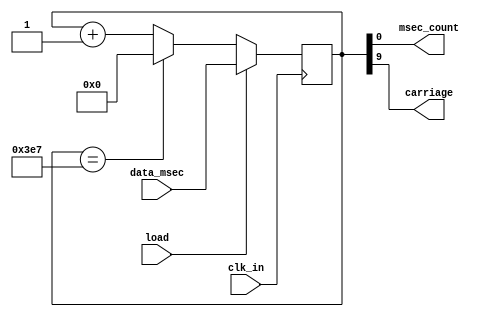
`timescale 1ns / 1ps
//////////////////////////////////////////////////////////////////////////////////
// Company: 
// Engineer: 
// 
// Design Name: 
// Module Name: msec_cntr
// Project Name: 
// Target Devices: 
// Tool Versions: 
// Description: 
// 
// Dependencies: 
// 
// Revision:
// Revision 0.01 - File Created
// Additional Comments:
// 
//////////////////////////////////////////////////////////////////////////////////


module msec_cntr(
    input clk_in,
    input load,
    input [9:0] data_msec,
    output  msec_count,
    output  carriage
    );
    
    reg [9:0] msec_count_reg;
    always@(negedge clk_in)
    begin
    if(load == 1'b1)
    begin
       msec_count_reg <= data_msec;
    end
    else
    begin
      if(msec_count_reg == 10'b1111100111)
      begin
        msec_count_reg <= 10'b0000000000;
      end
      else
      begin
      msec_count_reg <= msec_count_reg + 1;
      end
    end
    end
    
    assign  msec_count = msec_count_reg;
    assign  carriage = msec_count_reg[9];
endmodule